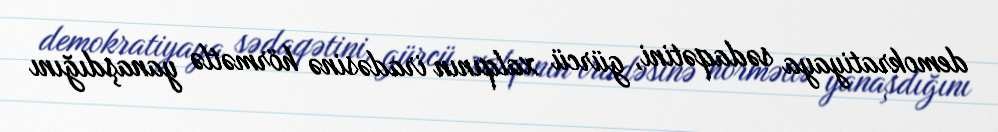
demokratiyaya sədaqətini, gürcü xalqının iradəsinə hörmətlə yanaşdığını